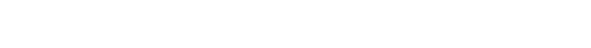
၏။ ဥပစာရပညာယ၊ ဖြင့်။ ဉာဏပုဗ္ဗင်္ဂမော၊ ၏။ အပ္ပနာပညာယ၊